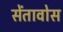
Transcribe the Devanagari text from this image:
सेंतावोस